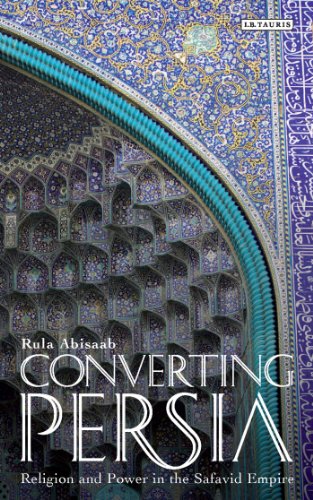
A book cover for Converting Persia; Rula Jurdi Abisaab; Religion & Spirituality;